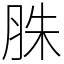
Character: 䏭